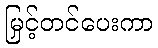
မြှင့်တင်ပေးကာ